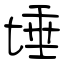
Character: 埵